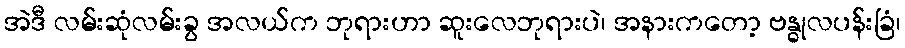
အဲဒီ လမ်းဆုံလမ်းခွ အလယ်က ဘုရားဟာ ဆူးလေဘုရားပဲ၊ အနားကတော့ ဗန္ဓုလပန်းခြံ၊